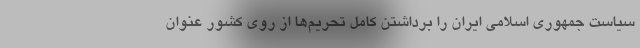
سیاست جمهوری اسلامی ایران را برداشتن کامل تحریم‌ها از روی کشور عنوان